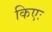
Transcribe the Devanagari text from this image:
किएः